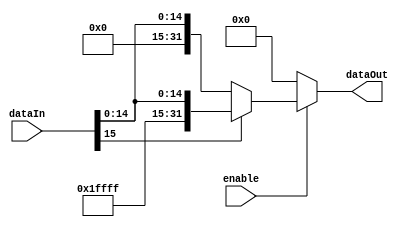
/*
Eduardo Augusto Ribeiro Duenas - 2017011086 - Turma 2
Jackson Galdino Da Silveira    - 2018010136 - Turma 1
Jean Tan Li                    - 2018000069 - Turma 1
*/

module extend(
	input enable,
	input [15:0] dataIn,
	output reg [31:0] dataOut
);

	always @(*) begin
		dataOut = 0;
		if(enable) begin
			if(dataIn[15])
				dataOut = {16'b1111_1111_1111_1111,dataIn[15:0]};
			else
				dataOut = {16'b0,dataIn[15:0]};		
		end
	end
	
endmodule